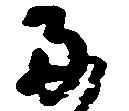
両